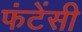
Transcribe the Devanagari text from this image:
फंटेंसी